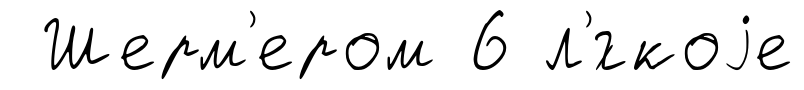
Шерм'ером 6 л'́гкоjе